Trukikaitis_Postimees, lk 76
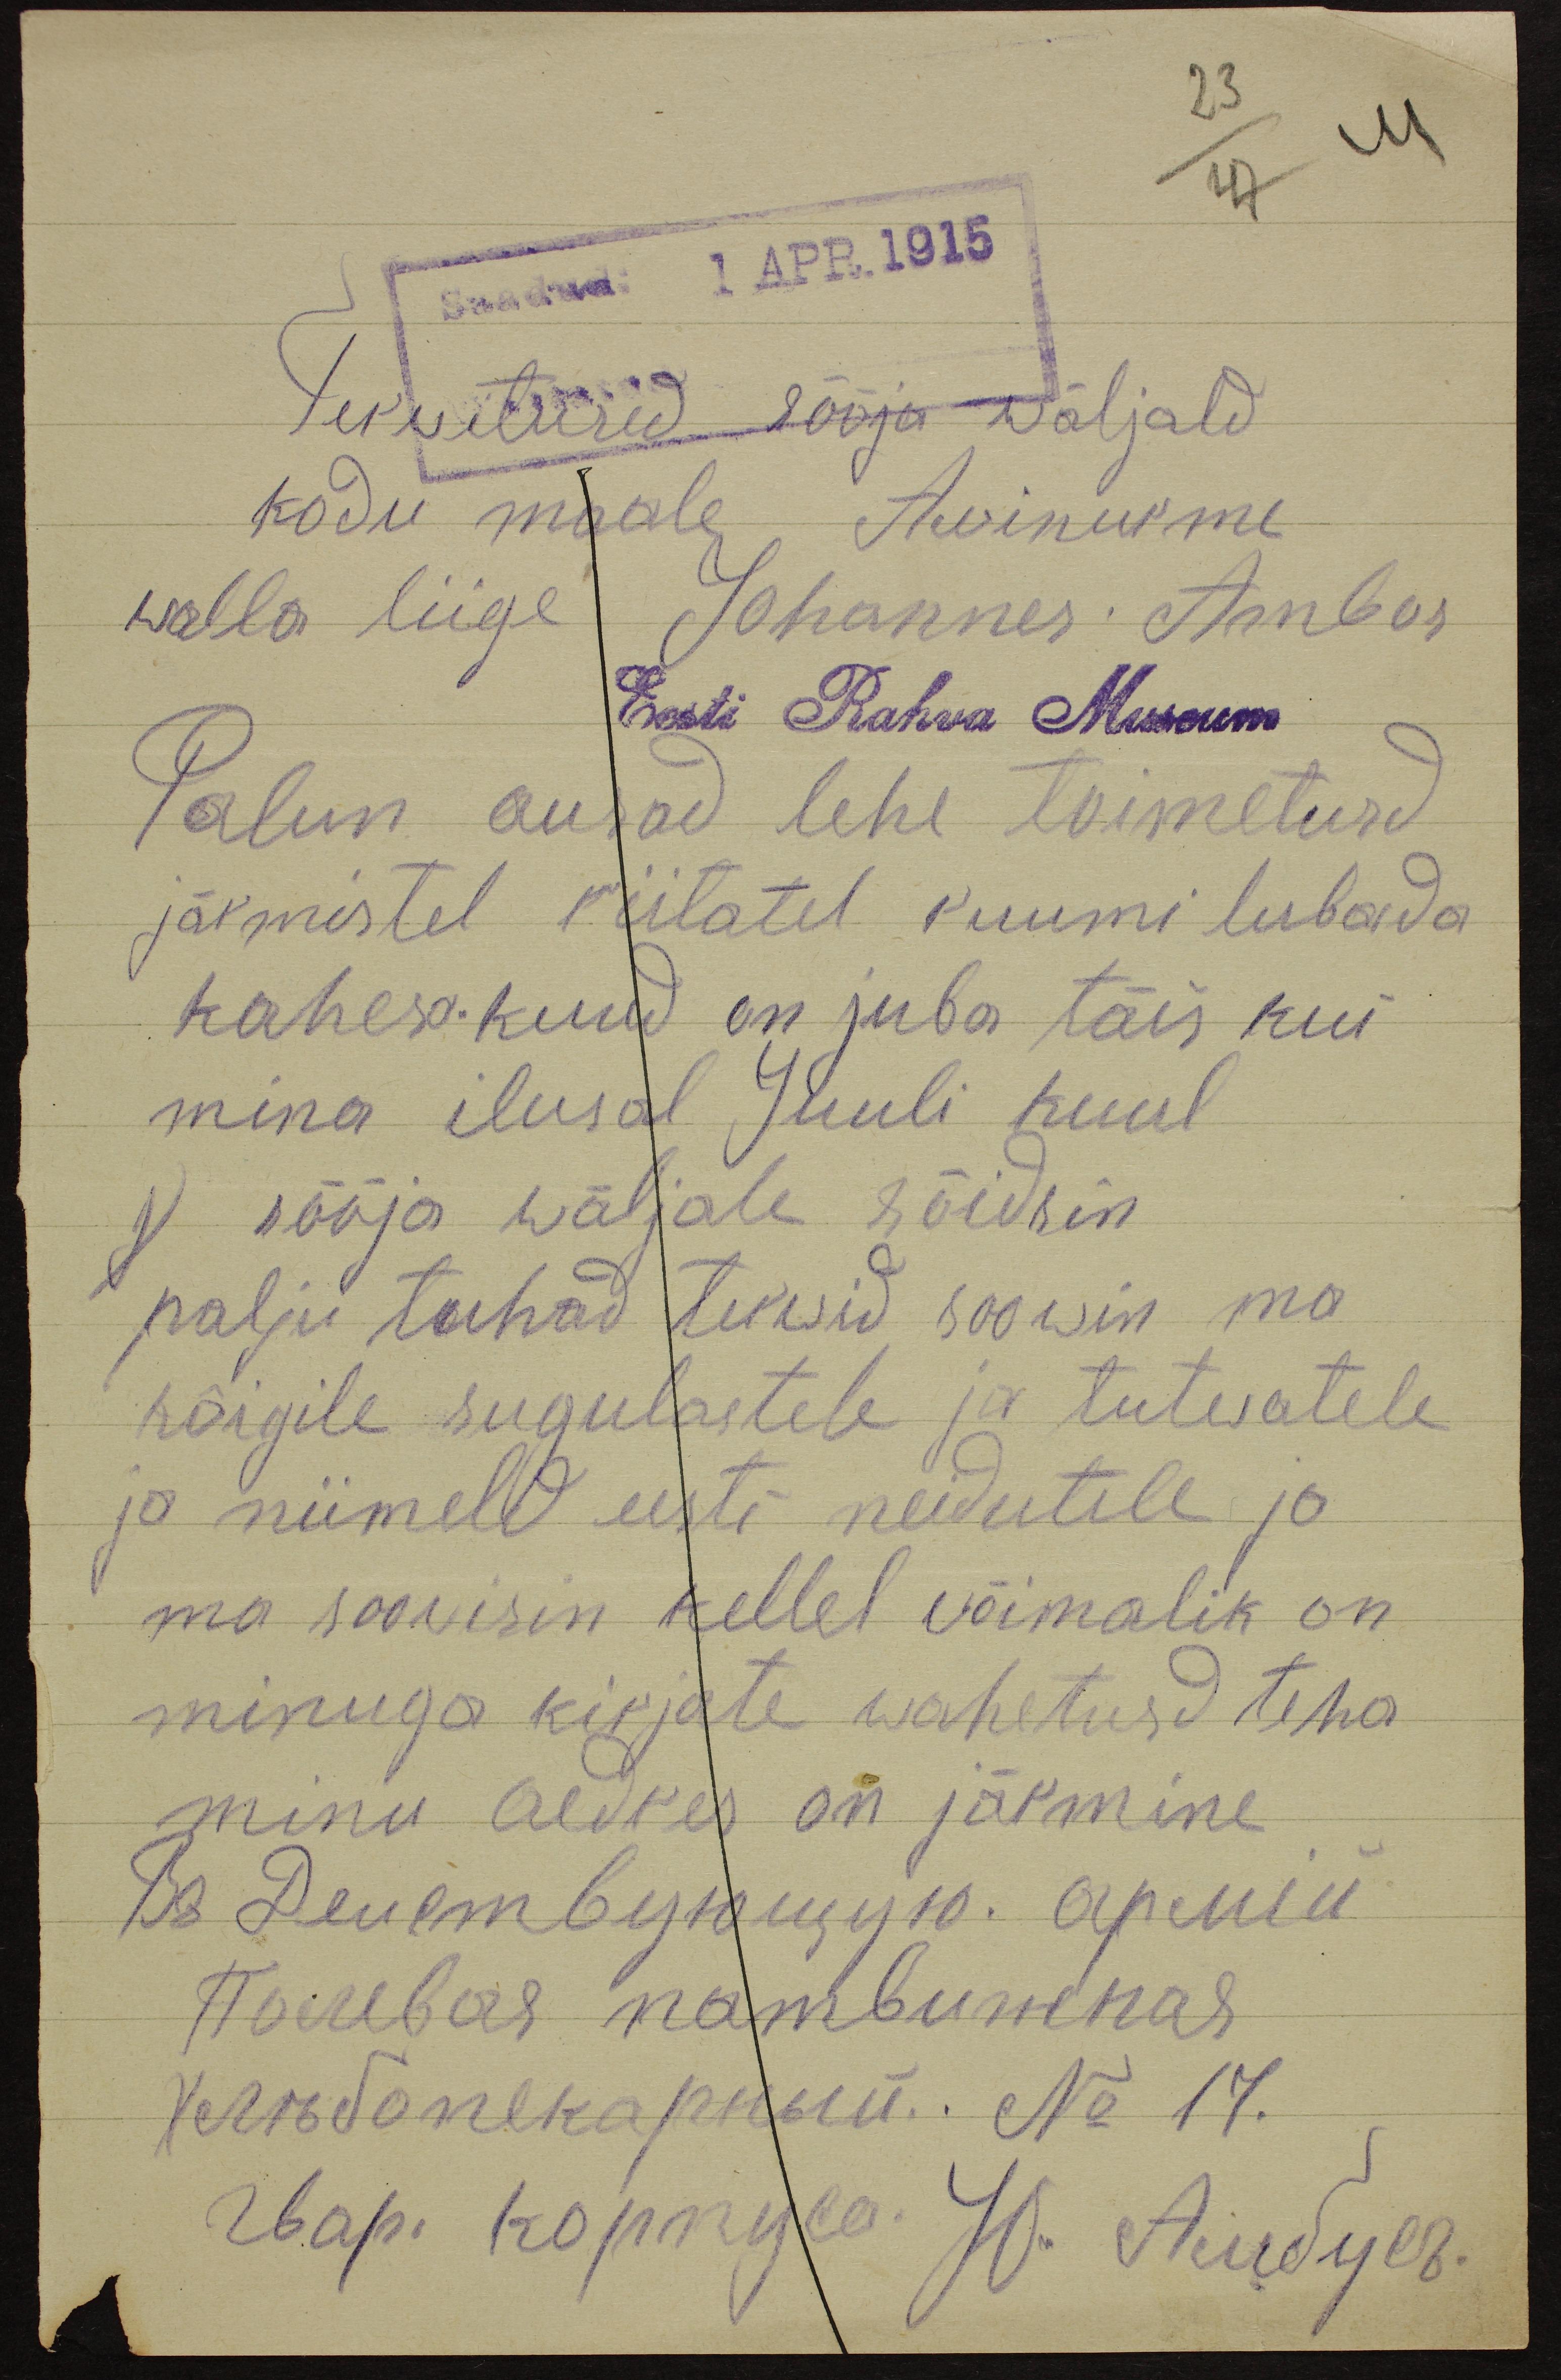
23
47 44
Saadud: 1 APR.1915
Terwitused sõõja wäljald
kodu maale Awinurme
walla liige Johannes Ambos
Eesti Rahva Museum
Palun ausad lehe toimetusd
järmistel riitatel ruumi lubada
kahesa kuud on juba täis kui
mina ilusal Juuli kuul
j sõõja wäljale sõidsin
palju tuhad terwid soowin ma
kõigile sugulastele ja tutwatele
ja niimelt eesti neidutele ja
ma soowisin kellel wõimalik on
minuga kirjate wahetusd teha
minu aedres on järmine